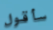
سأقول